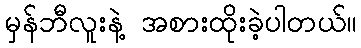
မှန်ဘီလူးနဲ့ အစားထိုးခဲ့ပါတယ်။